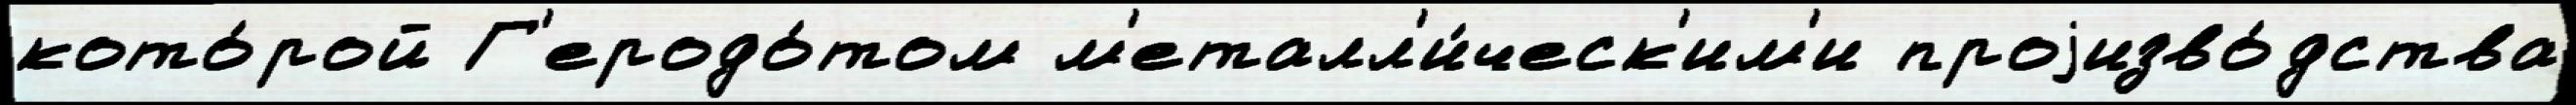
кото́рой Г'еродо́том м'еталл'и́ческ'им'и проjизво́дства